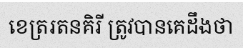
ខេត្ររតនគិរី ត្រូវបានគេដឹងថា